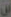
س